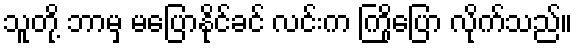
သူတို့ ဘာမှ မပြောနိုင်ခင် လင်းက ကြိုပြော လိုက်သည်။